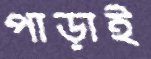
পাড়াই